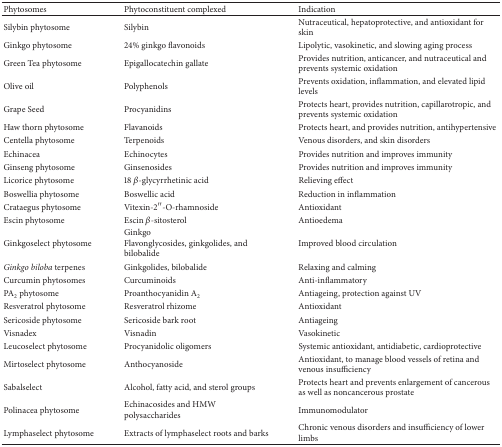
| Phytosomes | Phytoconstituent complexed | Indication |
 | --- | --- | --- |
 | Silybin phytosome | Silybin | Nutraceutical, hepatoprotective, and antioxidant for skin |
 | Ginkgo phytosome | 24% ginkgo flavonoids | Lipolytic, vasokinetic, and slowing aging process |
 | Green Tea phytosome | Epigallocatechin gallate | Provides nutrition, anticancer, and nutraceutical and prevents systemic oxidation |
 | Olive oil | Polyphenols | Prevents oxidation, inflammation, and elevated lipid levels |
 | Grape Seed | Procyanidins | Protects heart, provides nutrition, capillarotropic, and prevents systemic oxidation |
 | Haw thorn phytosome | Flavanoids | Protects heart, and provides nutrition, antihypertensive |
 | Centella phytosome | Terpenoids | Venous disorders, and skin disorders |
 | Echinacea | Echinocytes | Provides nutrition and improves immunity |
 | Ginseng phytosome | Ginsenosides | Provides nutrition and improves immunity |
 | Licorice phytosome | 18 β-glycyrrhetinic acid | Relieving effect |
 | Boswellia phytosome | Boswellic acid | Reduction in inflammation |
 | Crataegus phytosome | Vitexin-2′′-O-rhamnoside | Antioxidant |
 | Escin phytosome | Escin β-sitosterol | Antioedema |
 | Ginkgoselect phytosome | GinkgoFlavonglycosides, ginkgolides, and bilobalide | Improved blood circulation |
 | Ginkgo biloba terpenes | Ginkgolides, bilobalide | Relaxing and calming |
 | Curcumin phytosomes | Curcuminoids | Anti-inflammatory |
 | PA2 phytosome | Proanthocyanidin A2 | Antiageing, protection against UV |
 | Resveratrol phytosome | Resveratrol rhizome | Antioxidant |
 | Sericoside phytosome | Sericoside bark root | Antiageing |
 | Visnadex | Visnadin | Vasokinetic |
 | Leucoselect phytosome | Procyanidolic oligomers | Systemic antioxidant, antidiabetic, cardioprotective |
 | Mirtoselect phytosome | Anthocyanoside | Antioxidant, to manage blood vessels of retina and venous insufficiency |
 | Sabalselect | Alcohol, fatty acid, and sterol groups | Protects heart and prevents enlargement of cancerous as well as noncancerous prostate |
 | Polinacea phytosome | Echinacosides and HMW polysaccharides | Immunomodulator |
 | Lymphaselect phytosome | Extracts of lymphaselect roots and barks | Chronic venous disorders and insufficiency of lower limbs |